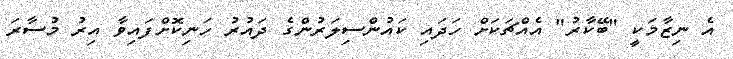
އެ ނިޒާމަކީ "ބޭކާރު" އެއްޗަކަށް ހަދައި ކައުންސިލަރުންގެ ދައުރު ހަނިކޮށްފައިވާ އިރު މުސާރަ